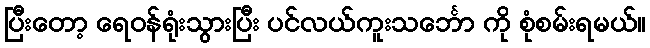
ပြီးတော့ ရေဝန်ရုံးသွားပြီး ပင်လယ်ကူးသင်္ဘော ကို စုံစမ်းရမယ်။